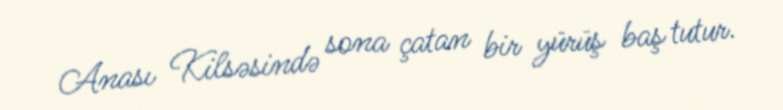
Anası Kilsəsində sona çatan bir yürüş baş tutur.